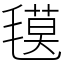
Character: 氁